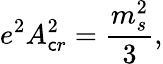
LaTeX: e^{2}A_{\mathsf{c}r}^{2}={\frac{{m_{s}^{2}}}{{3}}},